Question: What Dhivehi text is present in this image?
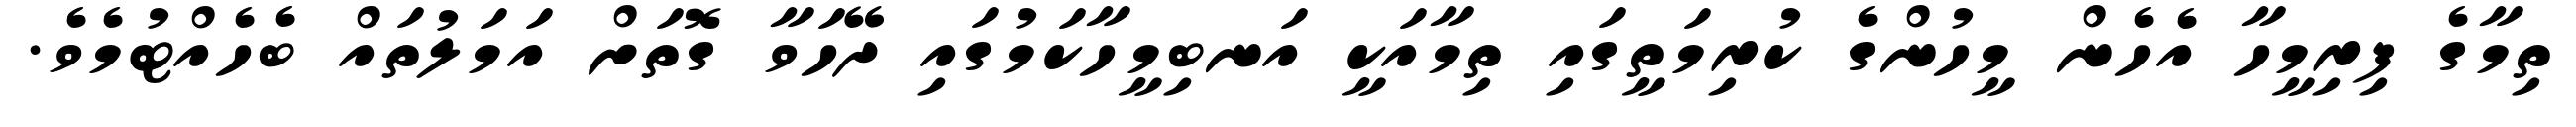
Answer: ތިމާގެ ފިރިމީހާ އެހެން މީހުންގެ ކުރިމަތީގައި ތިމާއަކީ އަނބިމީހާކަމުގައި ދޭހަވާ ގޮތަށް އަމަލުތައް ބެހެއްޓުމެވެ.